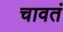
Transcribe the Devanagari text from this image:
चावतं